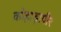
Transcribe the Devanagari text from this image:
कोहाड़ापीर